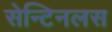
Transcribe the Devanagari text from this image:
सेन्टिनलस